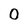
Character: 0